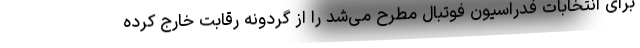
برای انتخابات فدراسیون فوتبال مطرح می‌شد را از گردونه رقابت خارج کرده